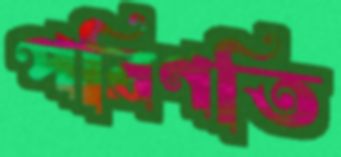
পরিণতি